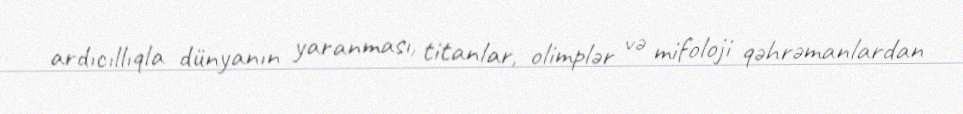
ardıcıllıqla dünyanın yaranması, titanlar, olimplər və mifoloji qəhrəmanlardan